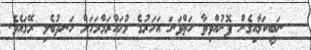
ނަބީކަމާއިގެން ފޮނުއްވިތާ ހަތްވަނަ އަހަރުގެ މުޙައްރަމްމަހަށް ހަނދުބެލި ރޭގައެވެ.